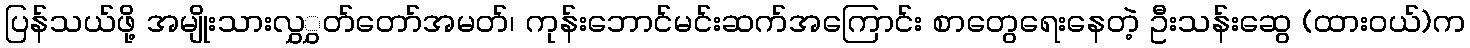
ပြန်သယ်ဖို့ အမျိုးသားလွှွှတ်တော်အမတ်၊ ကုန်းဘောင်မင်းဆက်အကြောင်း စာတွေရေးနေတဲ့ ဦးသန်းဆွေ (ထားဝယ်)က